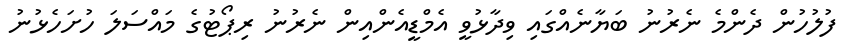
ފުލުހުން ދެންމެ ނެރުނު ބަޔާނެއްގައި ވިދާޅުވީ އެމްޑީއެންއިން ނެރުނު ރިޕޯޓުގެ މައްސަލަ ހުށަހެޅުނު